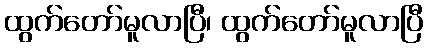
ထွက်တော်မူလာပြီ၊ ထွက်တော်မူလာပြီ